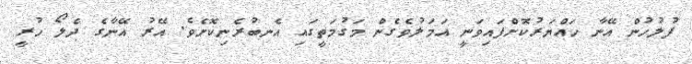
ފުލުހުން އޭނާ ހައްޔަރުކޮށްފައިވަނީ އަމަލުވެގެން މަގުމަތީގައި އެނބުރެނިކޮށެވެ. އޭރު އޭނާގެ ދެލޯ ހުރީ